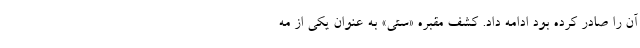
آن را صادر کرده بود ادامه داد. کشف مقبره «ستی» به عنوان یکی از مه